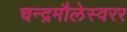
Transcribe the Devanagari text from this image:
चन्द्रमौलेस्वरर